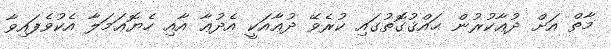
މާތް އަށް ދުޢާކުރުން ޙައްޤުގޮތުގައި ކުރެވޭ ދުޢާއަކީ އެދުޢާ އާއި ހެޔޮޢަމަލާ އެކުވެފައިވާ